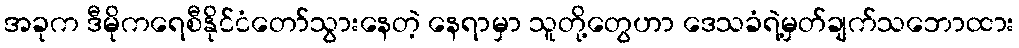
အခုက ဒီမိုကရေစီနိုင်ငံတော်သွားနေတဲ့ နေရာမှာ သူတို့တွေဟာ ဒေသခံရဲ့မှတ်ချက်သဘောထား